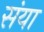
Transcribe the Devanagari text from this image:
संया